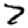
Digit: 7